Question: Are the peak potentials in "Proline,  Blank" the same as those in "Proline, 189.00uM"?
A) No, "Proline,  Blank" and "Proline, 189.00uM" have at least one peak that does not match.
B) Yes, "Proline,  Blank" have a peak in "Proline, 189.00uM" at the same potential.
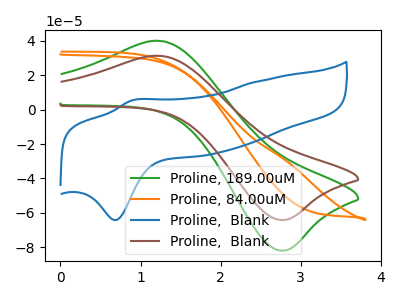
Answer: <think>The green curve "Proline, 189.00uM" has an anodic peak at (1.25V, 39.90uA) and a cathodic peak at (2.80V, -81.90uA). The orange curve "Proline, 84.00uM" has no peaks. The blue curve "Proline,  Blank" has an anodic peak at (0.90V, 5.40uA) and a cathodic peak at (0.70V, -64.20uA). The brown curve "Proline,  Blank" has an anodic peak at (1.25V, 31.25uA) and a cathodic peak at (2.80V, -64.10uA).</think>
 <answer>B) Yes, "Proline,  Blank" have a peak in "Proline, 189.00uM" at the same potential.</answer>
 <eval>B</eval>